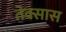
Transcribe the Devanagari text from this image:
तेक्सास